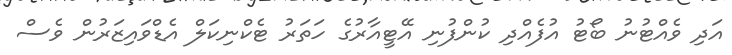
އަދި ވެއްޓުނު ބޯޓު އުފެއްދި ކުންފުނި އޭޓީއާރުގެ ހަތަރު ޓެކްނިކަލް އެޑްވައިޒަރުން ވެސް